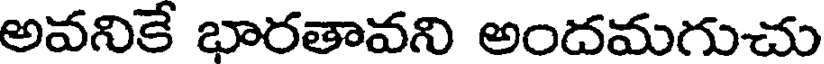
అవనికే భారతావని అందమగుచు